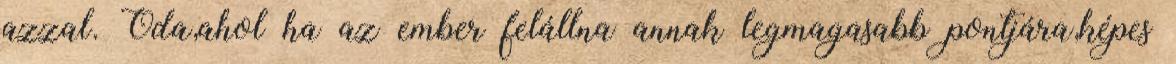
azzal. Oda,ahol ha az ember felállna annak legmagasabb pontjára,képes